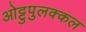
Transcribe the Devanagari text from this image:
ओट्टुपुलक्कल